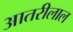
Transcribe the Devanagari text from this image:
आतरीलाल